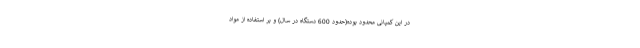
در این کمپانی محدود بوده(حدود 600 دستگاه در سال) و بر استفاده از مواد